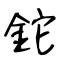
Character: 鉈